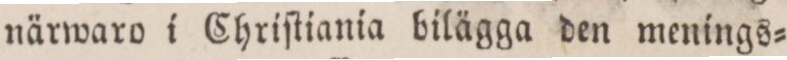
närwaro i Chriſtiania bilägga den menings=